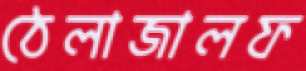
ঠেলাজালফ